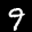
Label: 9